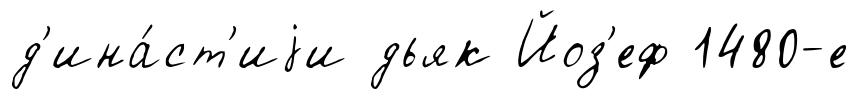
д'ина́ст'иjи дьяк Йоз'еф 1480-е